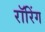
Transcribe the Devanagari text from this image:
रॉरिंग